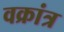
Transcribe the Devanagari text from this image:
वक्रांत्र